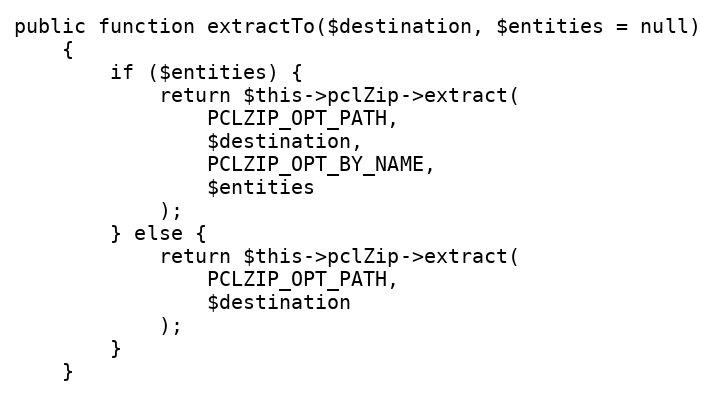
Language: PHP
public function extractTo($destination, $entities = null)
    {
        if ($entities) {
            return $this->pclZip->extract(
                PCLZIP_OPT_PATH,
                $destination,
                PCLZIP_OPT_BY_NAME,
                $entities
            );
        } else {
            return $this->pclZip->extract(
                PCLZIP_OPT_PATH,
                $destination
            );
        }
    }